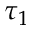
\tau _ { 1 }